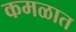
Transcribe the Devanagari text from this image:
कमळात